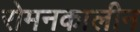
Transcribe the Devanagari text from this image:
रोमनकालीन